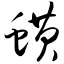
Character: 蟥